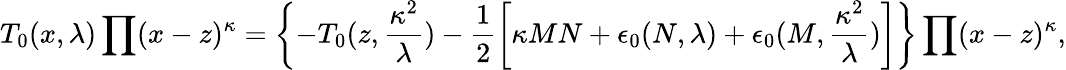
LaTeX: T_{0}(x,\lambda)\prod(x-z)^{\kappa}=\left\{ -T_{0}(z,\frac{\kappa^{2}}{\lambda})-\frac{1}{2}\left[\kappa MN+\epsilon_{0}(N,\lambda)+\epsilon_{0}(M,\frac{\kappa^{2}}{\lambda})\right]\right\} \prod(x-z)^{\kappa},